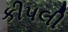
કીપલી